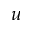
u